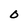
Character: O